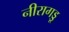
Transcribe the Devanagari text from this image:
नीरागड्डू